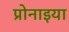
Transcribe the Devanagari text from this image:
प्रोनाइया